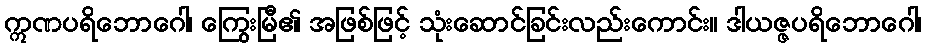
ဣဏပရိဘောဂေါ၊ ကြွေးမြီ၏ အဖြစ်ဖြင့် သုံးဆောင်ခြင်းလည်းကောင်း။ ဒါယဇ္ဇပရိဘောဂေါ၊